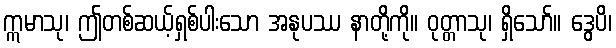
ဣမာသု၊ ဤတစ်ဆယ့်ရှစ်ပါးသော အနုပဿ နာတို့ကို။ ဝုတ္တာသု၊ ရှိသော်။ ဒွေပိ၊